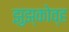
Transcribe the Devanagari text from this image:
झुझ्कोव्ह